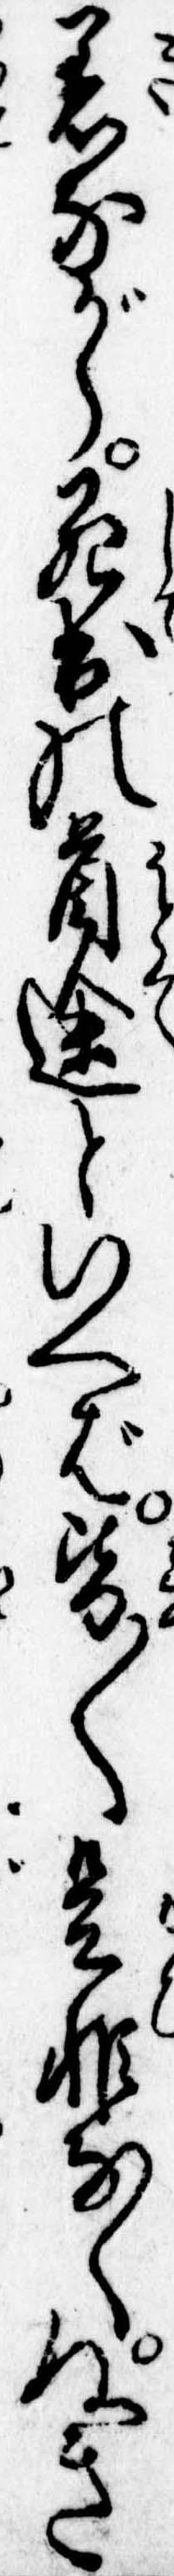
着ながら死出の首途といへば皆〱是非なくぬき